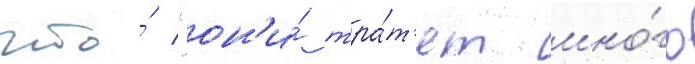
что́ "он'и́ тра́т'ят мно́го